Lyperosia minuta, Bezzi - Number 59
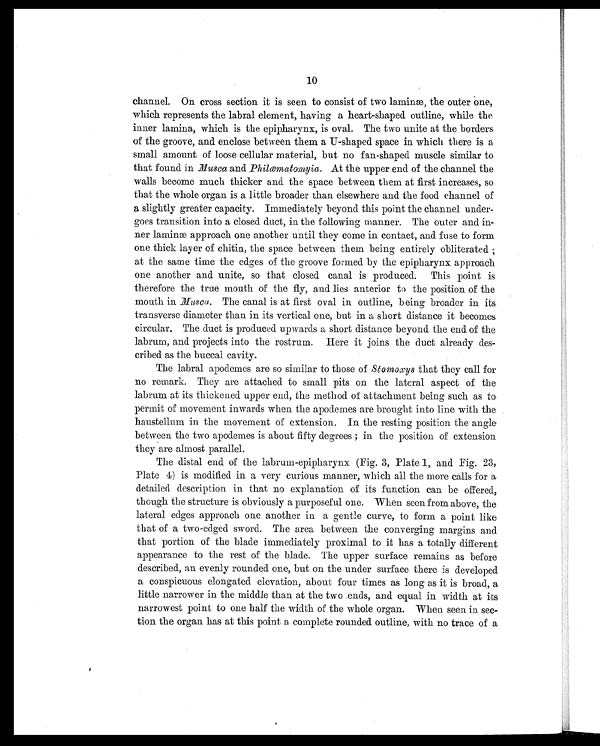
10
channel. On cross section it is seen to consist of two laminæ, the outer one,
which represents the labral element, having a heart-shaped outline, while the
inner lamina, which is the epipharynx, is oval. The two unite at the borders
of the groove, and enclose between them a U-shaped space in which there is a
small amount of loose cellular material, but no fan-shaped muscle similar to
that found in Musca and Philæmatomyia. At the upper end of the channel the
walls become much thicker and the space between them at first increases, so
that the whole organ is a little broader than elsewhere and the food channel of
a slightly greater capacity. Immediately beyond this point the channel under-
goes transition into a closed duct, in the following manner. The outer and in-
ner laminæ approach one another until they come in contact, and fuse to form
one thick layer of chitin, the space between them being entirely obliterated ;
at the same time the edges of the groove formed by the epipharynx approach
one another and unite, so that closed canal is produced. This point is
therefore the true mouth of the fly, and lies anterior to the position of the
mouth in Musca. The canal is at first oval in outline, being broader in its
transverse diameter than in its vertical one, but in a short distance it becomes
circular. The duct is produced upwards a short distance beyond the end of the
labrum, and projects into the rostrum. Here it joins the duct already des-
cribed as the buccal cavity.
The labral apodemes are so similar to those of Stomoxys that they call for
no remark. They are attached to small pits on the lateral aspect of the
labrum at its thickened upper end, the method of attachment being such as to
permit of movement inwards when the apodemes are brought into line with the
haustellum in the movement of extension. In the resting position the angle
between the two apodemes is about fifty degrees ; in the position of extension
they are almost parallel.
The distal end of the labrum-epipharynx (Fig. 3, Plate 1, and Fig. 23,
Plate 4) is modified in a very curious manner, which all the more calls for a
detailed description in that no explanation of its function can be offered,
though the structure is obviously a purposeful one. When seen from above, the
lateral edges approach one another in a gentle curve, to form a point like
that of a two-edged sword. The area between the converging margins and
that portion of the blade immediately proximal to it has a totally different
appearance to the rest of the blade. The upper surface remains as before
described, an evenly rounded one, but on the under surface there is developed
a conspicuous elongated elevation, about four times as long as it is broad, a
little narrower in the middle than at the two ends, and equal in width at its
narrowest point to one half the width of the whole organ. When seen in sec-
tion the organ has at this point a complete rounded outline, with no trace of a